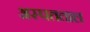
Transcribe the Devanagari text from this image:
अस्पतताल